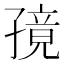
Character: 𫲭